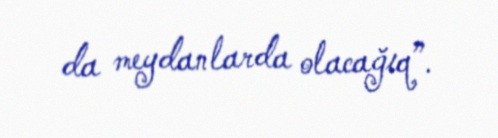
da meydanlarda olacağıq”.